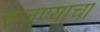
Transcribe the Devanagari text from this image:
रुजण्याचा